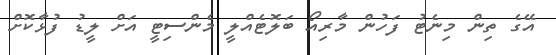
އޭގެ ތިން މިނެޓު ފަހުން މާރިއޯ ބަލޮޓެއްލީ މެންސިޓީ އަށް ލީޑު ފުޅާކޮށް